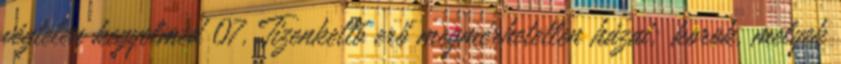
végtelen kegyelmed 07. Tizenkettő erő megmérhetetlen házai; korok, melyek